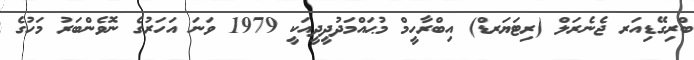
ބްރިގޭޑިއަރ ޖެނެރަލް (ރިޓަޔަރޑް) އިބްރާހީމް މުޙައްމަދުދީދީއަކީ 1979 ވަނަ އަހަރުގެ ނޮވެންބަރު މަހުގެ